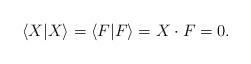
LaTeX: \begin{align*}\langle X|X\rangle=\langle F|F\rangle=X\cdot F=0.\end{align*}